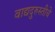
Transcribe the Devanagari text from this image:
वाद्यदुरुस्तीचे